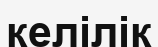
келілік